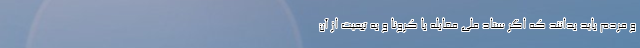
و مردم باید بدانند که اگر ستاد ملی مقابله با کرونا و به تبعیت از آن